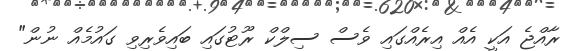
ރާއްޖެ އަކީ އެއް އިރެއްގައި ވެސް ސިލްކް ރޫޓުގައި ބައިވެރިވި ގައުމެއް ނުން"